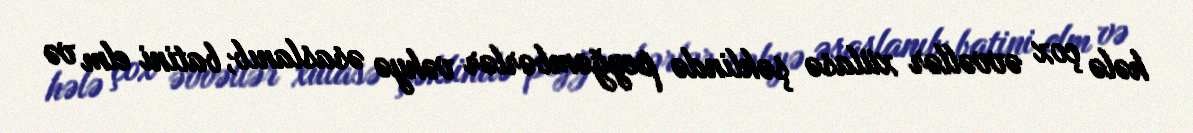
hələ çox əvvəllər xülasə şəklində peyğəmbərlər vəhyə əsaslanıb, batini elm və